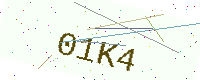
Text: 01K4